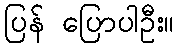
ပြန် ပြောပါဦး။